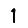
Digit: 1